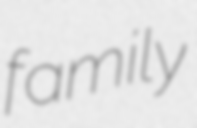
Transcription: family